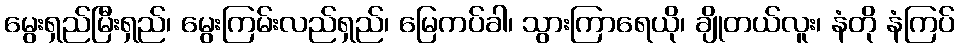
မွေးရှည်မြီးရှည်၊ မွေးကြမ်းလည်ရှည်၊ မြေကပ်ခါ၊ သွားကြာရေယို၊ ချိုတယ်လူး၊ နံတို နံကြပ်